Vabadussoja_Ajaloo_Komitee, lk 44
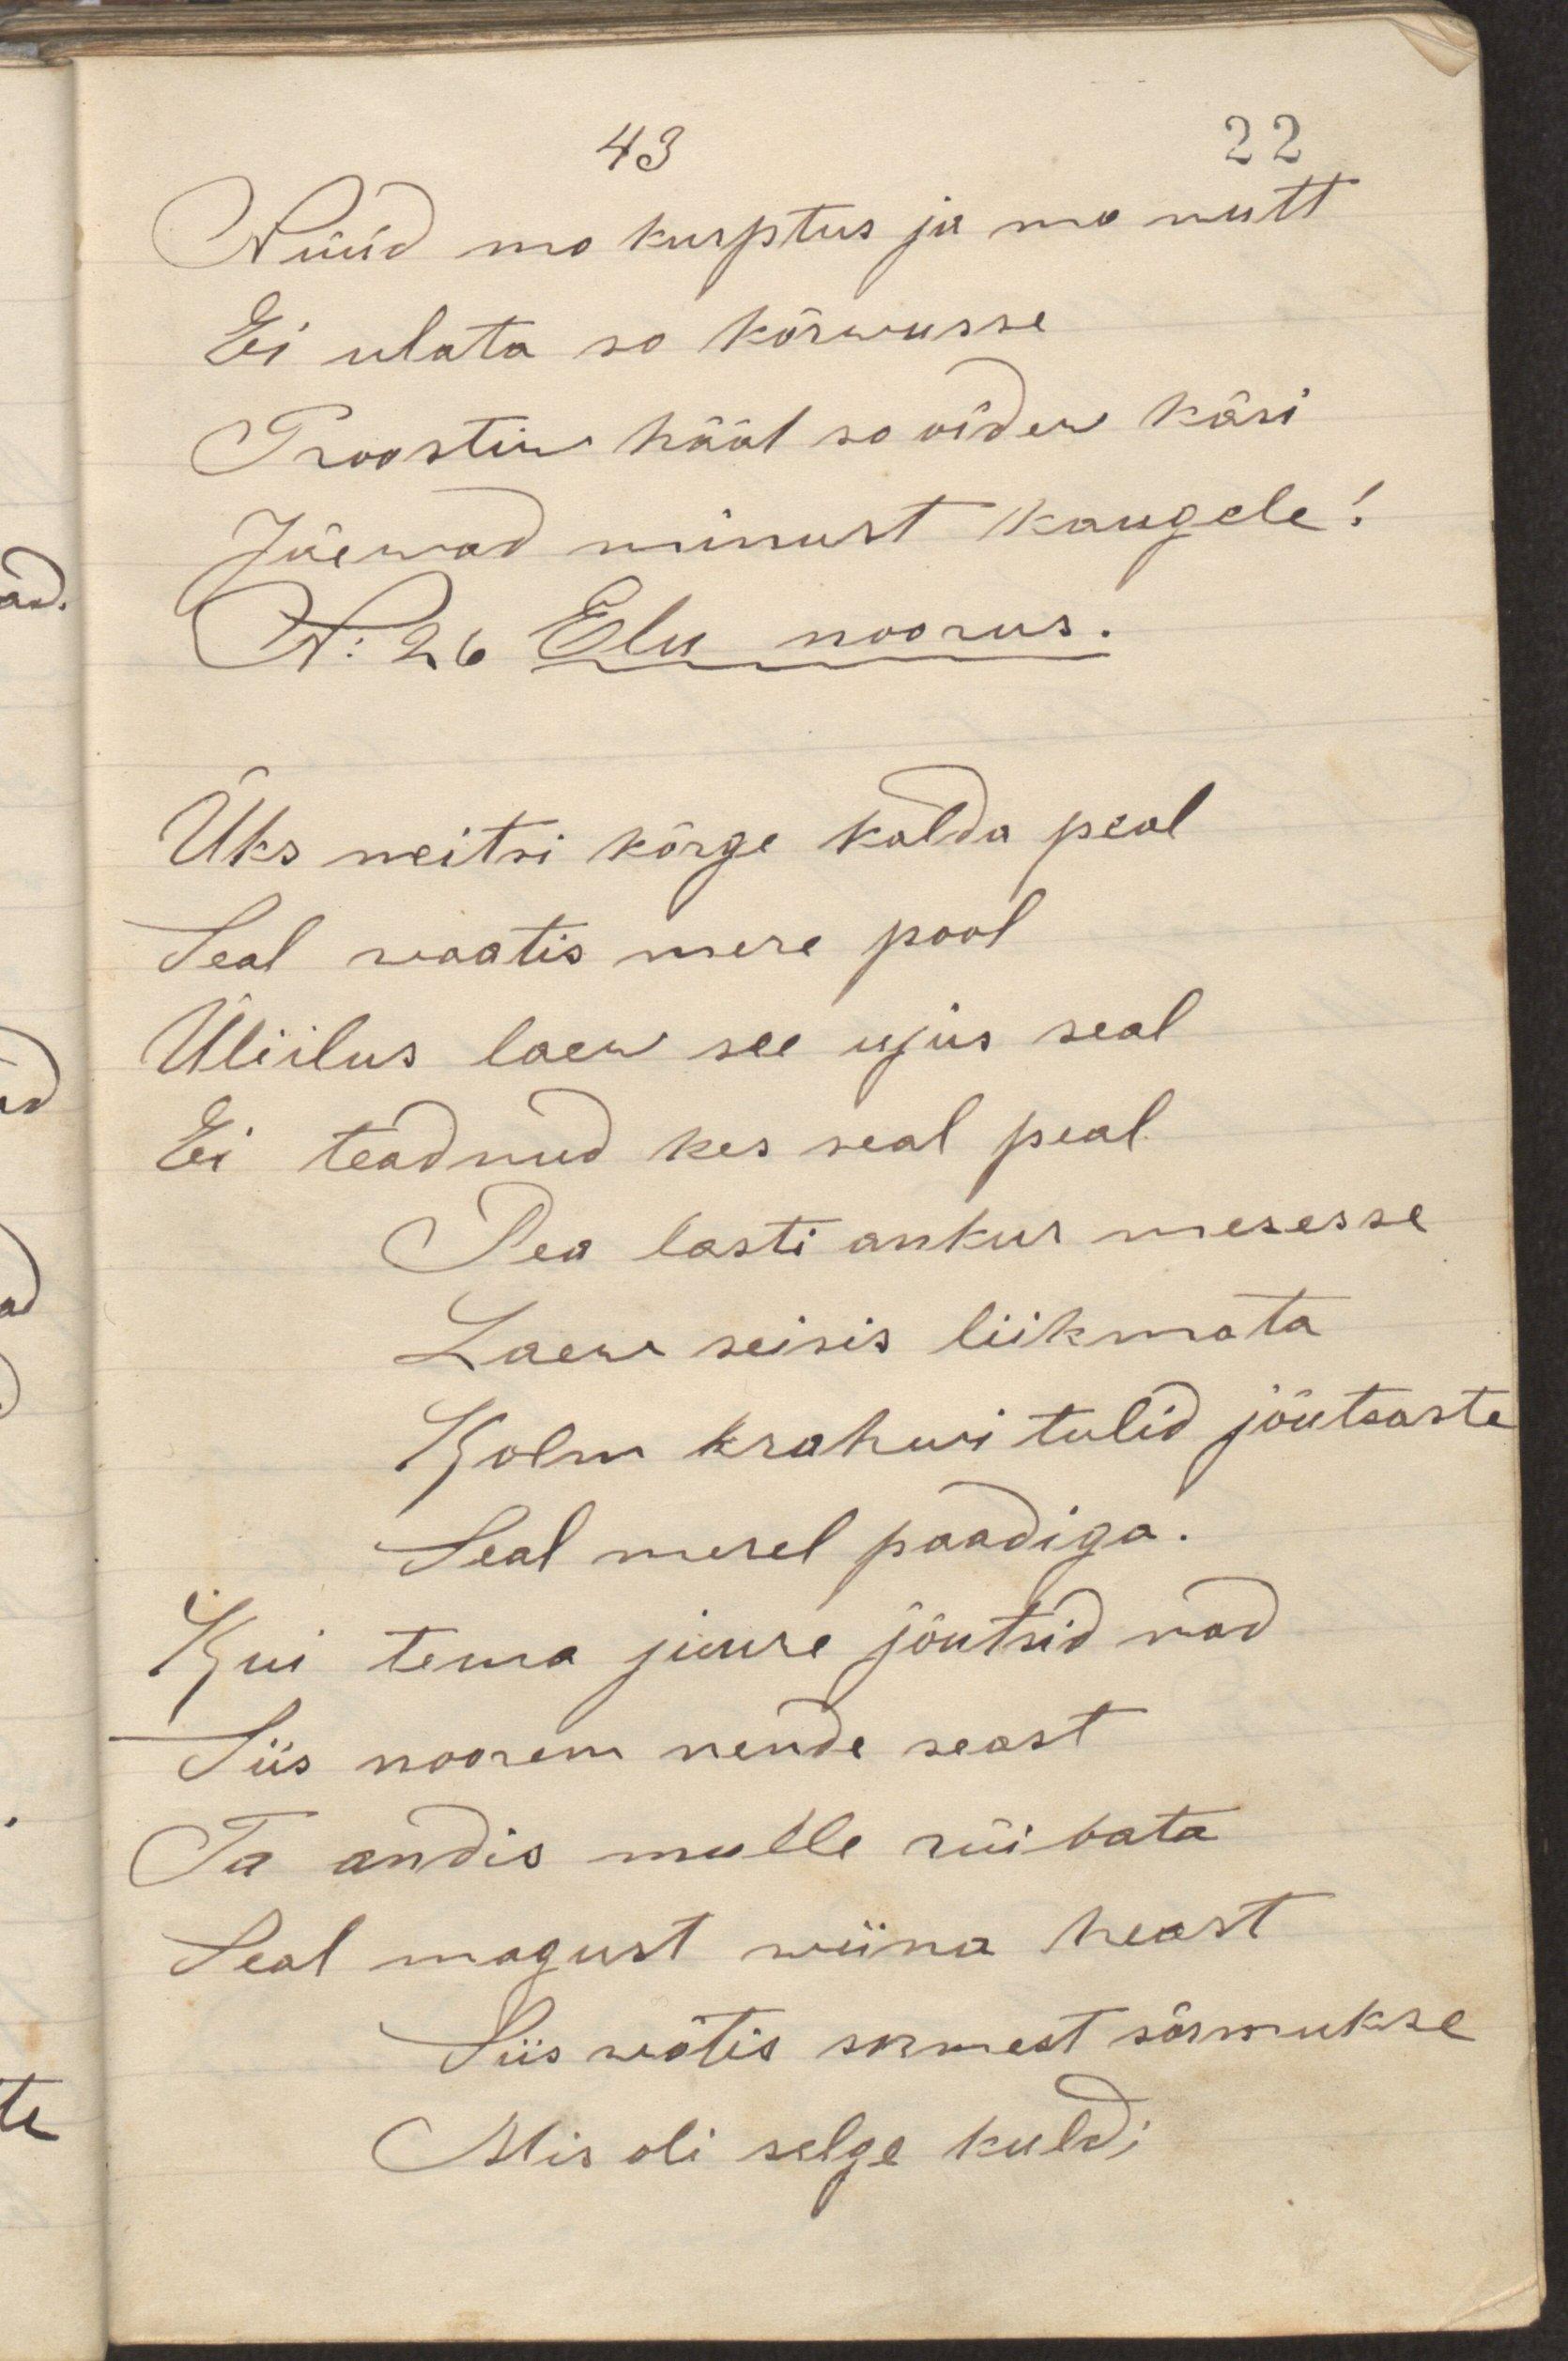
Nüüd mu kurptus ja mu nuttEi ulata su kõrwusseProostiw hääl so oidew käsi Jäewad minust kaugele!N: 26 Elu noorus.Üks neitsi kõrge kalda pealSeal waatis mere poolÜliilus laew see ujus sealEi teadnud kes seal pealPea lasti ankur meresseLaew seisis liikmataKolm krahwi tulid jõutsasteSeal merel paadiga.Kui tema juure jõutsid nadSiis noorem nende seastTa andis mulle rüibataSeal magust wiina heast Siis wõtis sõrmest sõrmukseMis oli selge kuld;